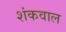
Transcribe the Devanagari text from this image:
शंकवाल